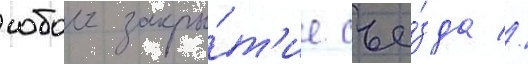
собои закры́т'ие съе́зда //